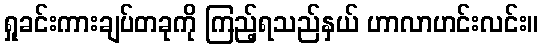
ရှုခင်းကားချပ်တခုကို ကြည့်ရသည်နှယ် ဟာလာဟင်းလင်း။